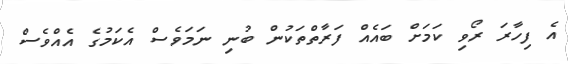
އެ ފިހާރަ ރޯވި ކަމަށް ބައެއް ފަރާތްތަކުން ބުނި ނަމަވެސް އެކަމުގެ އެއްވެސް